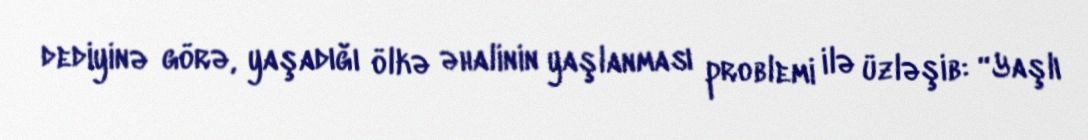
dediyinə görə, yaşadığı ölkə əhalinin yaşlanması problemi ilə üzləşib: “Yaşlı